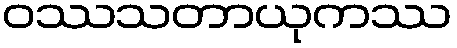
ဝဿသတာယုကဿ